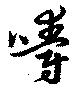
嚼